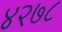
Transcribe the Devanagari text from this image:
४२७८